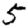
Digit: 5